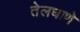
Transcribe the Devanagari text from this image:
तेलघाणे